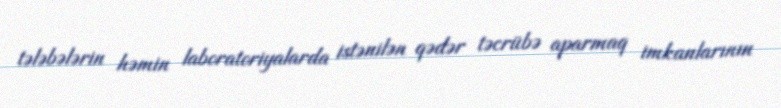
tələbələrin həmin laboratoriyalarda istənilən qədər təcrübə aparmaq imkanlarının